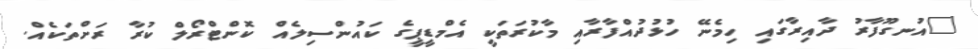
"އުނގޫފާރު ދާއިރާގައި ހިމެނޭ ހުޅުދުއްފާރާއި މާކުރަތަކީ އެމްޑީޕީގެ ކައުންސިލެއް ކޮންޓްރޯލް ކުރާ ރަށްތަކެއް.